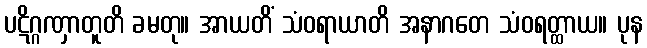
ပဋိဂ္ဂဏှာတူတိ ခမတု။ အာယတိံ သံဝရာယာတိ အနာဂတေ သံဝရတ္ထာယ။ ပုန